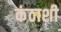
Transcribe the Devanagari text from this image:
कंठाशी